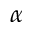
\alpha